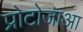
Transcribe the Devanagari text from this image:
प्रोटोजाआ